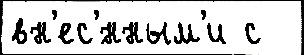
вн'ес'́нным'и с